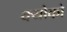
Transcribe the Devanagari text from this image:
क्योको